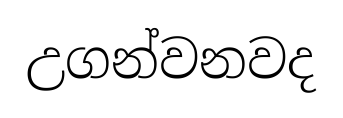
උගන්වනවද